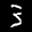
Label: 3